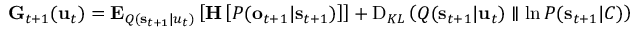
\begin{array} { r } { \mathbf { G } _ { t + 1 } ( \mathbf { u } _ { t } ) = \mathbf { E } _ { Q ( \mathbf { s } _ { t + 1 } | u _ { t } ) } \left[ \mathbf { H } \left[ P ( \mathbf { o } _ { t + 1 } | \mathbf { s } _ { t + 1 } ) \right] \right] + \operatorname { D } _ { K L } \left( Q ( \mathbf { s } _ { t + 1 } | \mathbf { u } _ { t } ) \parallel \ln P ( \mathbf { s } _ { t + 1 } | C ) \right) } \end{array}